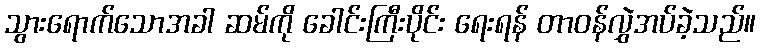
သွားရောက်သောအခါ ဆမ်ကို ခေါင်းကြီးပိုင်း ရေးရန် တာဝန်လွှဲအပ်ခဲ့သည်။